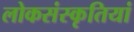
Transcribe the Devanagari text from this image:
लोकसंस्कृतियां